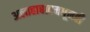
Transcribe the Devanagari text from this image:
अलाहाबादमधूनही